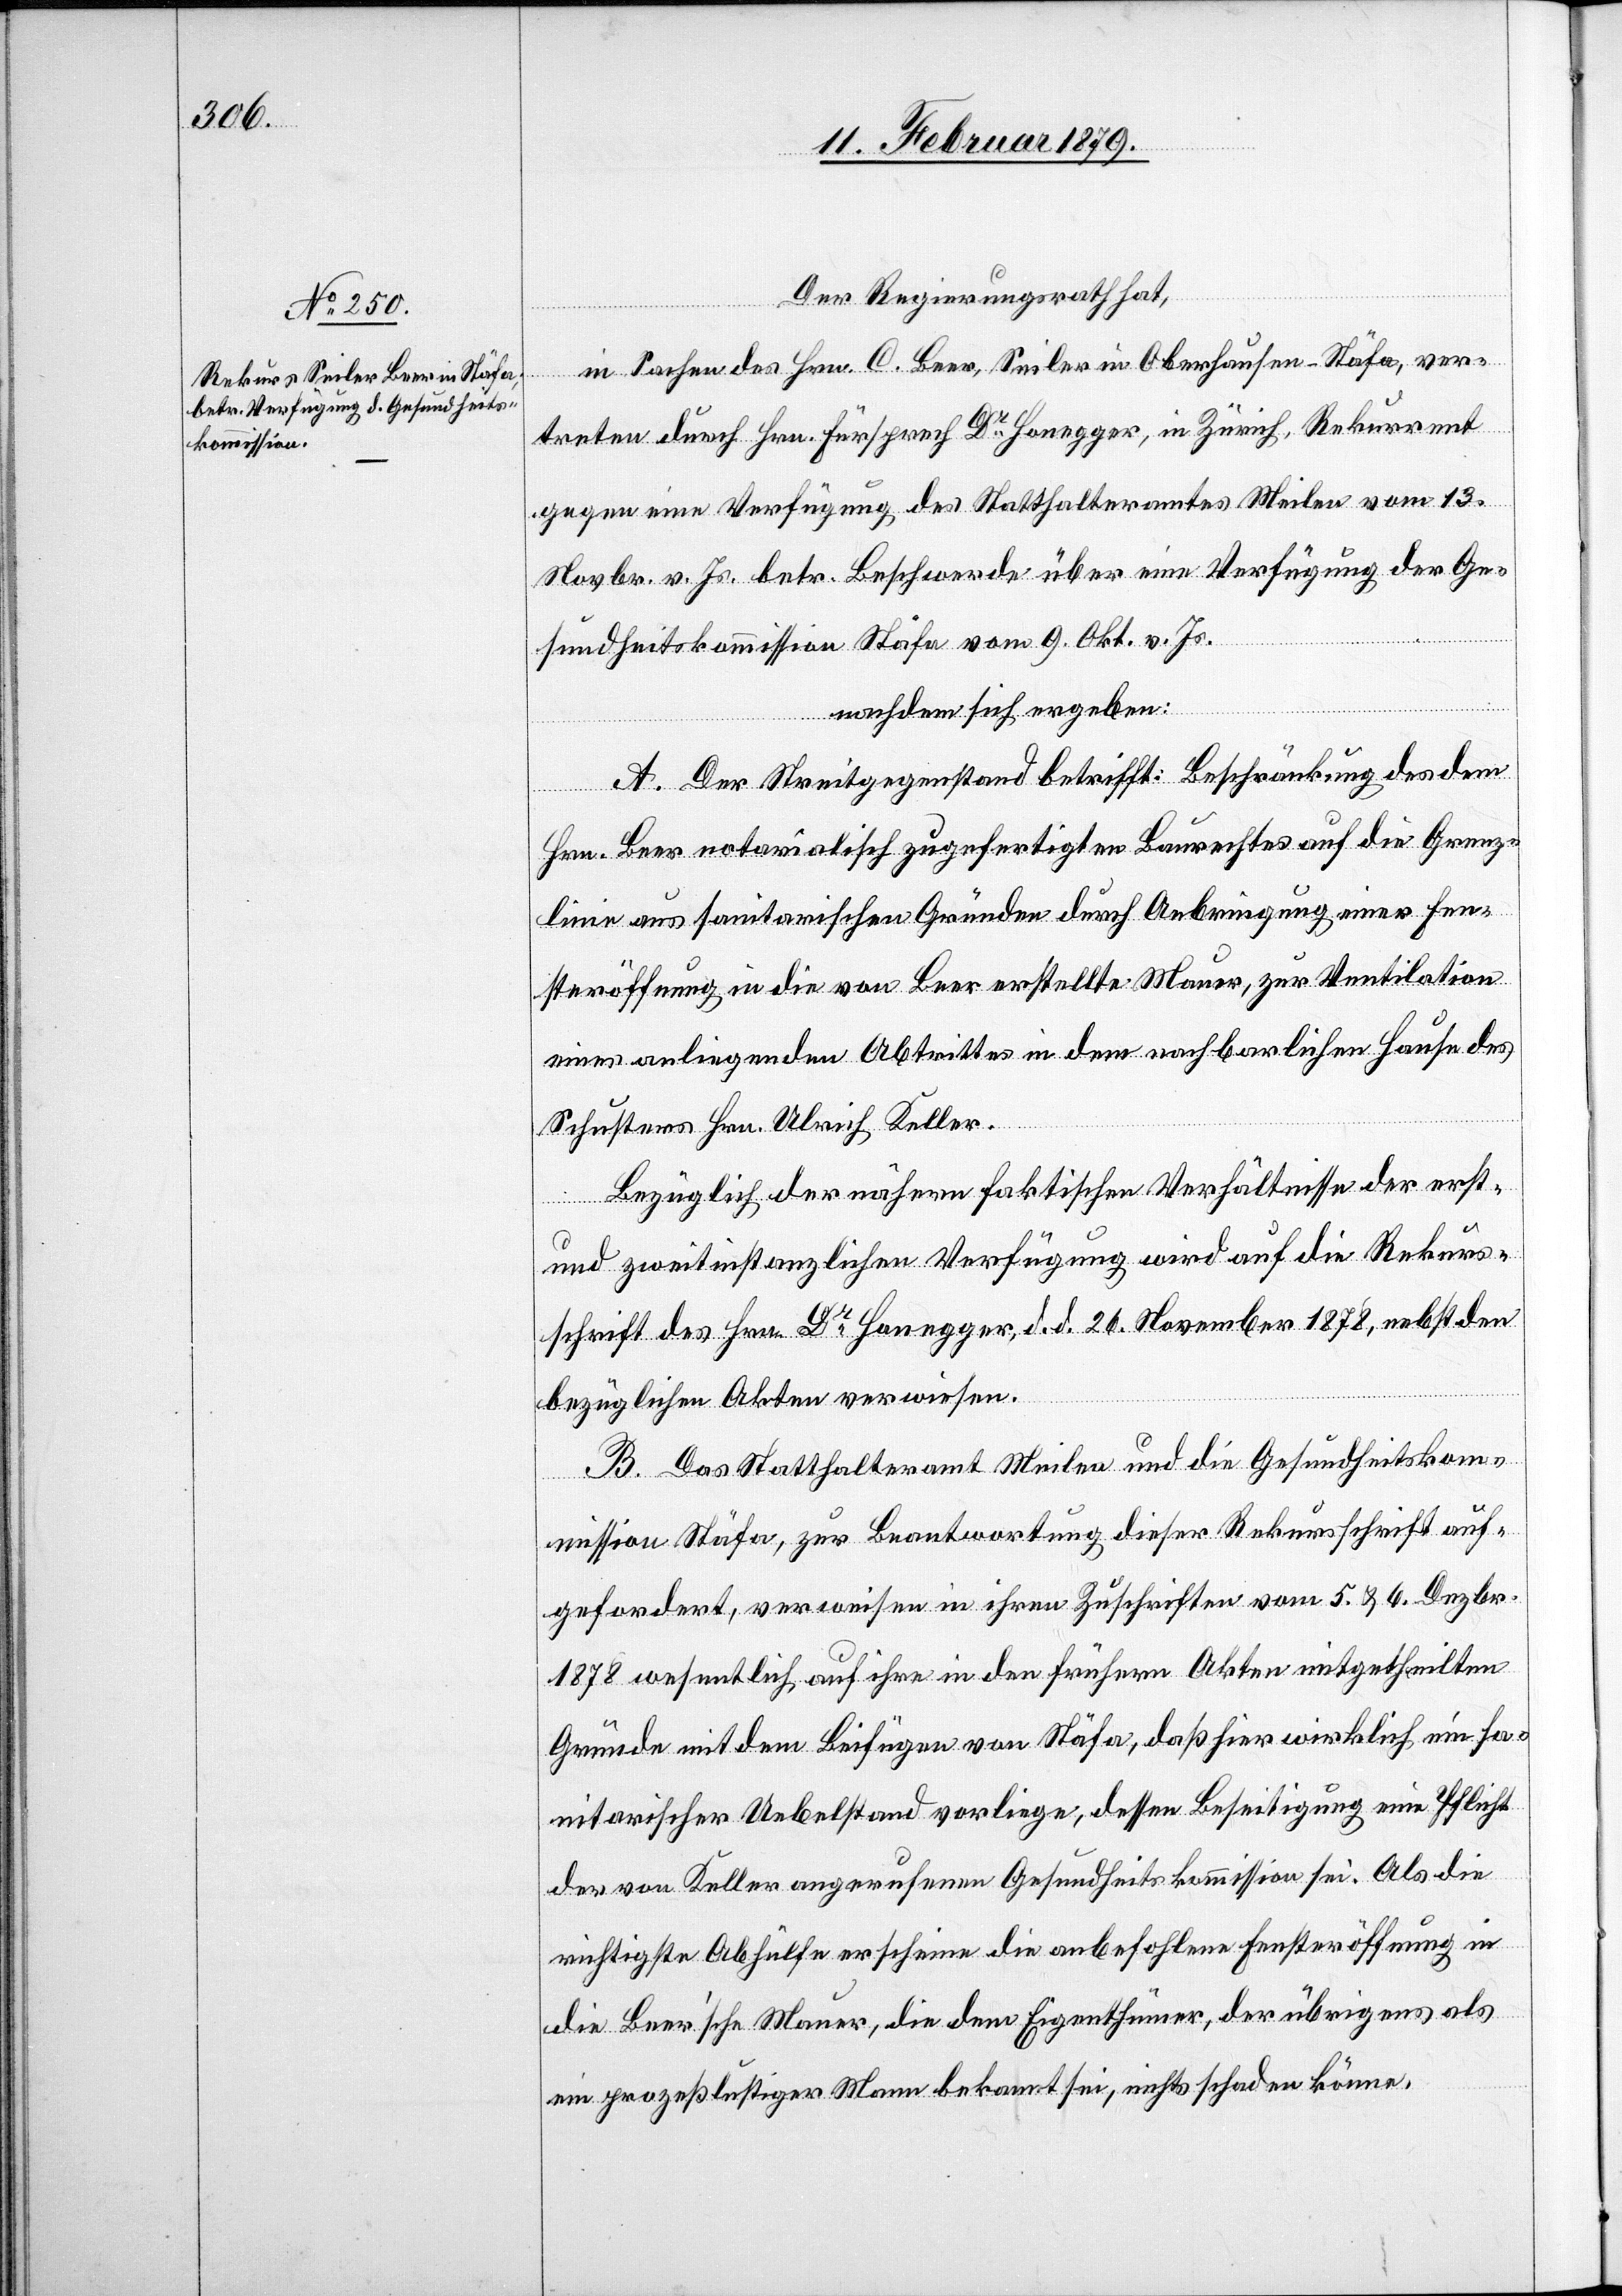
Der Regierungsrath hat,
in Sachen des Hrn. C. Beer, Seiler in Oberhausen - Stäfa, ver¬
treten durch Hrn. Fürsprech Dr Honegger, in Zürich, Rekurrent
gegen eine Verfügung des Statthalteramtes Meilen vom 13.
Novbr. v. Js. betr. Beschwerde über eine Verfügung der Ge¬
sundheitskommission Stäfa vom 9. Okt. v. Js.
nachdem sich ergeben:
A. Der Streitgegenstand betrifft: Beschränkung des dem
Hrn. Beer notarialisch zugefertigten Baurechtes auf die Grenz¬
linie aus sanitarischen Gründen durch Anbringung einer Fen¬
steröffnung in die von Beer erstellte Mauer, zur Ventilation
eines anliegenden Abtrittes in dem nachbarlichen Hause des
Schusters Hrn. Ulrich Keller.
Bezüglich der nähern faktischen Verhältnisse der erst-
und zweitinstanzlichen Verfügung wird auf die Rekurs¬
schrift des Hrn. Dr Honegger, d. d. 26. November 1878, nebst den
bezüglichen Akten verwiesen.
B. Das Statthalteramt Meilen und die Gesundheitskom¬
mission Stäfa, zur Beantwortung dieser Rekursschrift auf¬
gefordert, verweisen in ihren Zuschriften vom 5. & 6. Dezbr.
1878 wesentlich auf ihre in den frühern Akten mitgetheilten
Gründe mit dem Beifügen von Stäfa, daß hier wirklich ein sa¬
nitarischer Uebelstand vorliege, dessen Beseitigung eine Pflicht
der von Keller angerufenen Gesundheitskommission sei. Als die
richtigste Abhülfe erscheine die anbefohlene Fensteröffnung in
die Beer’sche Mauer, die dem Eigentümer, der übrigens als
prozeßlustiger Mann bekannt sei, nicht schaden könne.